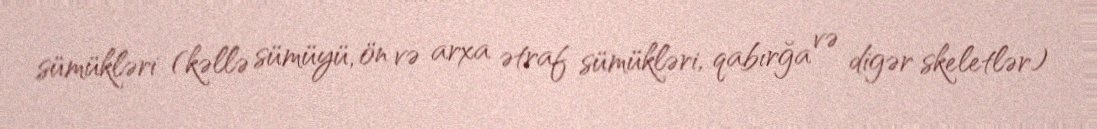
sümükləri (kəllə sümüyü, ön və arxa ətraf sümükləri, qabırğa və digər skeletlər)